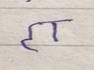
Signature authenticity: forged